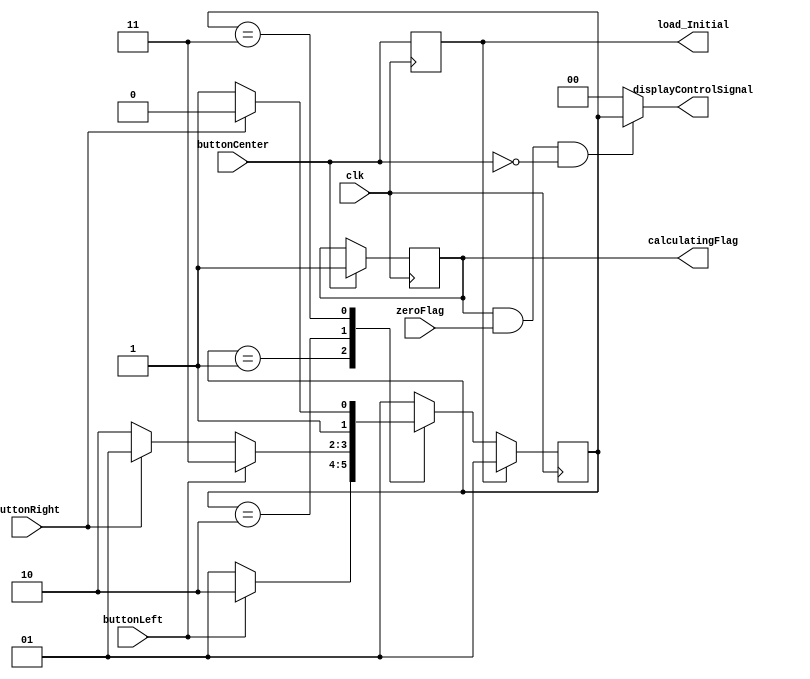
// Control unit for the circuit

// Copyright (C) 2023  OmarElfouly, iRustom, BavlyRemon, omaranwar1

// This program is free software; you can redistribute it and/or
// modify it under the terms of the GNU General Public License
// as published by the Free Software Foundation; either version 2
// of the License, or (at your option) any later version.

// This program is distributed in the hope that it will be useful,
// but WITHOUT ANY WARRANTY; without even the implied warranty of
// MERCHANTABILITY or FITNESS FOR A PARTICULAR PURPOSE.  See the
// GNU General Public License for more details.

// You should have received a copy of the GNU General Public License
// along with this program; if not, write to the Free Software
// Foundation, Inc., 51 Franklin Street, Fifth Floor, Boston, MA  02110-1301, USA.

module controlUnit(clk,zeroFlag, buttonRight, buttonCenter, buttonLeft, load_Initial, displayControlSignal, calculatingFlag);
    input wire clk;
    input wire zeroFlag;
    input wire buttonRight; 
    input wire buttonCenter; 
    input wire buttonLeft;
    output reg load_Initial;
    output wire [1:0] displayControlSignal;
    output reg calculatingFlag;


    reg [1:0] displayNextState;
    reg [1:0] displayState;
    
    initial 
    begin
        displayState = 2'b01;
        calculatingFlag =0;
    end
    
    localparam [1:0] right = 2'b01, middle = 2'b10, left = 2'b11;
    
    always @(*)
    begin
        case(displayState)
            right: if(buttonLeft) displayNextState = middle;
                   else displayNextState = right;

            middle: if(buttonLeft) displayNextState = left;
                    else if(buttonRight) displayNextState = right;
                    else displayNextState = middle;

            left: if(buttonRight) displayNextState = middle;
                  else displayNextState = left;
                  
            default: displayNextState = right;
        endcase
    end
    
    always @(posedge clk)
    begin
        if(load_Initial)
            displayState <= right;
        else
            displayState <= displayNextState;
    end
    
    always @(posedge clk)
    begin
        load_Initial <= buttonCenter;
    end
    
    always @(posedge clk)
    begin
            if(buttonCenter)
            begin
                calculatingFlag <= 1; 
            end
    end
    
    assign displayControlSignal = (calculatingFlag&zeroFlag & ~buttonCenter) ? displayState : 2'b00;
    
endmodule